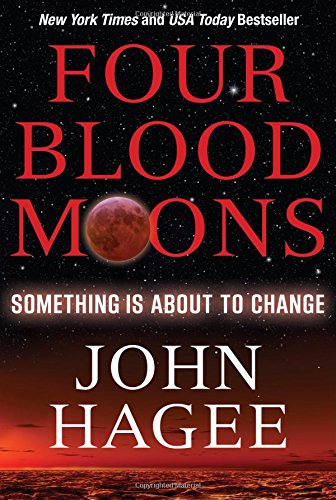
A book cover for Four Blood Moons: Something Is About to Change; John Hagee; Christian Books & Bibles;